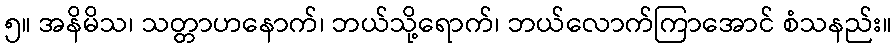
၅။ အနိမိသ၊ သတ္တာဟနောက်၊ ဘယ်သို့ရောက်၊ ဘယ်လောက်ကြာအောင် စံသနည်း။